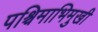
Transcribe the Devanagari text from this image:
पश्चिमाभिमुखी